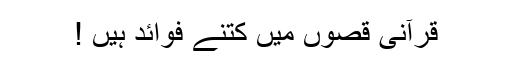
قرآنی قصوں میں کتنے فوائد ہیں !